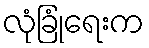
လုံခြုံရေးက